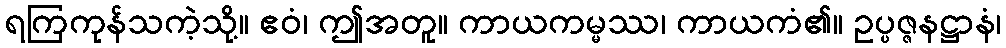
ရကြကုန်သကဲ့သို့။ ဧဝံ၊ ဤအတူ။ ကာယကမ္မဿ၊ ကာယကံ၏။ ဥပ္ပဇ္ဇနဋ္ဌာနံ၊